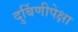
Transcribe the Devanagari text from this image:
दुर्बिणीपेक्षा